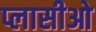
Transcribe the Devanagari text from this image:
प्लासीओ